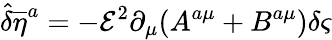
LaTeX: {\hat{\delta}}{{\overline{{{\eta}}}}^{a}}=-{\mathcal{E}}^{2}\partial_{\mu}(A^{a\mu}+B^{a\mu})\delta\varsigma